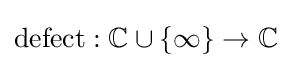
\operatorname {defect} :\mathbb {C} \cup \{\infty \}\to \mathbb {C}